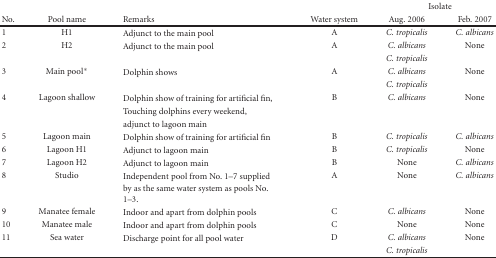
<table><thead><tr><td>[EMPTY_CELL]</td><td>[EMPTY_CELL]</td><td>[EMPTY_CELL]</td><td>[EMPTY_CELL]</td><td colspan="2"><b>Isolate</b></td></tr><tr><td><b>No.</b></td><td><b>Pool name</b></td><td><b>Remarks</b></td><td><b>Water system</b></td><td><b>Aug. 2006</b></td><td><b>Feb. 2007</b></td></tr></thead><tbody><tr><td>1</td><td>H1</td><td>Adjunct to the main pool</td><td>A</td><td><i>C. tropicalis</i></td><td><i>C. albicans</i></td></tr><tr><td>2</td><td>H2</td><td>Adjunct to the main pool</td><td>A</td><td><i>C. albicans</i></td><td>None</td></tr><tr><td>[EMPTY_CELL]</td><td>[EMPTY_CELL]</td><td>[EMPTY_CELL]</td><td>[EMPTY_CELL]</td><td><i>C. tropicalis</i></td><td>[EMPTY_CELL]</td></tr><tr><td>3</td><td>Main pool*</td><td>Dolphin shows</td><td>A</td><td><i>C. albicans</i></td><td>None</td></tr><tr><td>[EMPTY_CELL]</td><td>[EMPTY_CELL]</td><td>[EMPTY_CELL]</td><td>[EMPTY_CELL]</td><td><i>C. tropicalis</i></td><td>[EMPTY_CELL]</td></tr><tr><td>4</td><td>Lagoon shallow</td><td>Dolphin show of training for artificial fin,</td><td>B</td><td><i>C. albicans</i></td><td>None</td></tr><tr><td>[EMPTY_CELL]</td><td>[EMPTY_CELL]</td><td>Touching dolphins every weekend,</td><td>[EMPTY_CELL]</td><td>[EMPTY_CELL]</td><td>[EMPTY_CELL]</td></tr><tr><td>[EMPTY_CELL]</td><td>[EMPTY_CELL]</td><td>adjunct to lagoon main</td><td>[EMPTY_CELL]</td><td>[EMPTY_CELL]</td><td>[EMPTY_CELL]</td></tr><tr><td>5</td><td>Lagoon main</td><td>Dolphin show of training for artificial fin</td><td>B</td><td><i>C. tropicalis</i></td><td><i>C. albicans</i></td></tr><tr><td>6</td><td>Lagoon H1</td><td>Adjunct to lagoon main</td><td>B</td><td><i>C. tropicalis</i></td><td>None</td></tr><tr><td>7</td><td>Lagoon H2</td><td>Adjunct to lagoon main</td><td>B</td><td>None</td><td><i>C. albicans</i></td></tr><tr><td>8</td><td>Studio</td><td>Independent pool from No. 1–7 supplied</td><td>A</td><td>None</td><td><i>C. albicans</i></td></tr><tr><td>[EMPTY_CELL]</td><td>[EMPTY_CELL]</td><td>by as the same water system as pools No. 1–3.</td><td>[EMPTY_CELL]</td><td>[EMPTY_CELL]</td><td>[EMPTY_CELL]</td></tr><tr><td>9</td><td>Manatee female</td><td>Indoor and apart from dolphin pools</td><td>C</td><td><i>C. albicans</i></td><td>None</td></tr><tr><td>10</td><td>Manatee male</td><td>Indoor and apart from dolphin pools</td><td>C</td><td>None</td><td>None</td></tr><tr><td>11</td><td>Sea water</td><td>Discharge point for all pool water</td><td>D</td><td><i>C. albicans</i></td><td>None</td></tr><tr><td>[EMPTY_CELL]</td><td>[EMPTY_CELL]</td><td>[EMPTY_CELL]</td><td>[EMPTY_CELL]</td><td><i>C. tropicalis</i></td><td>[EMPTY_CELL]</td></tr></tbody></table>